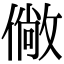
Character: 僘